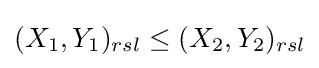
(X_{1},Y_{1})_{rsl}\leq (X_{2},Y_{2})_{rsl}